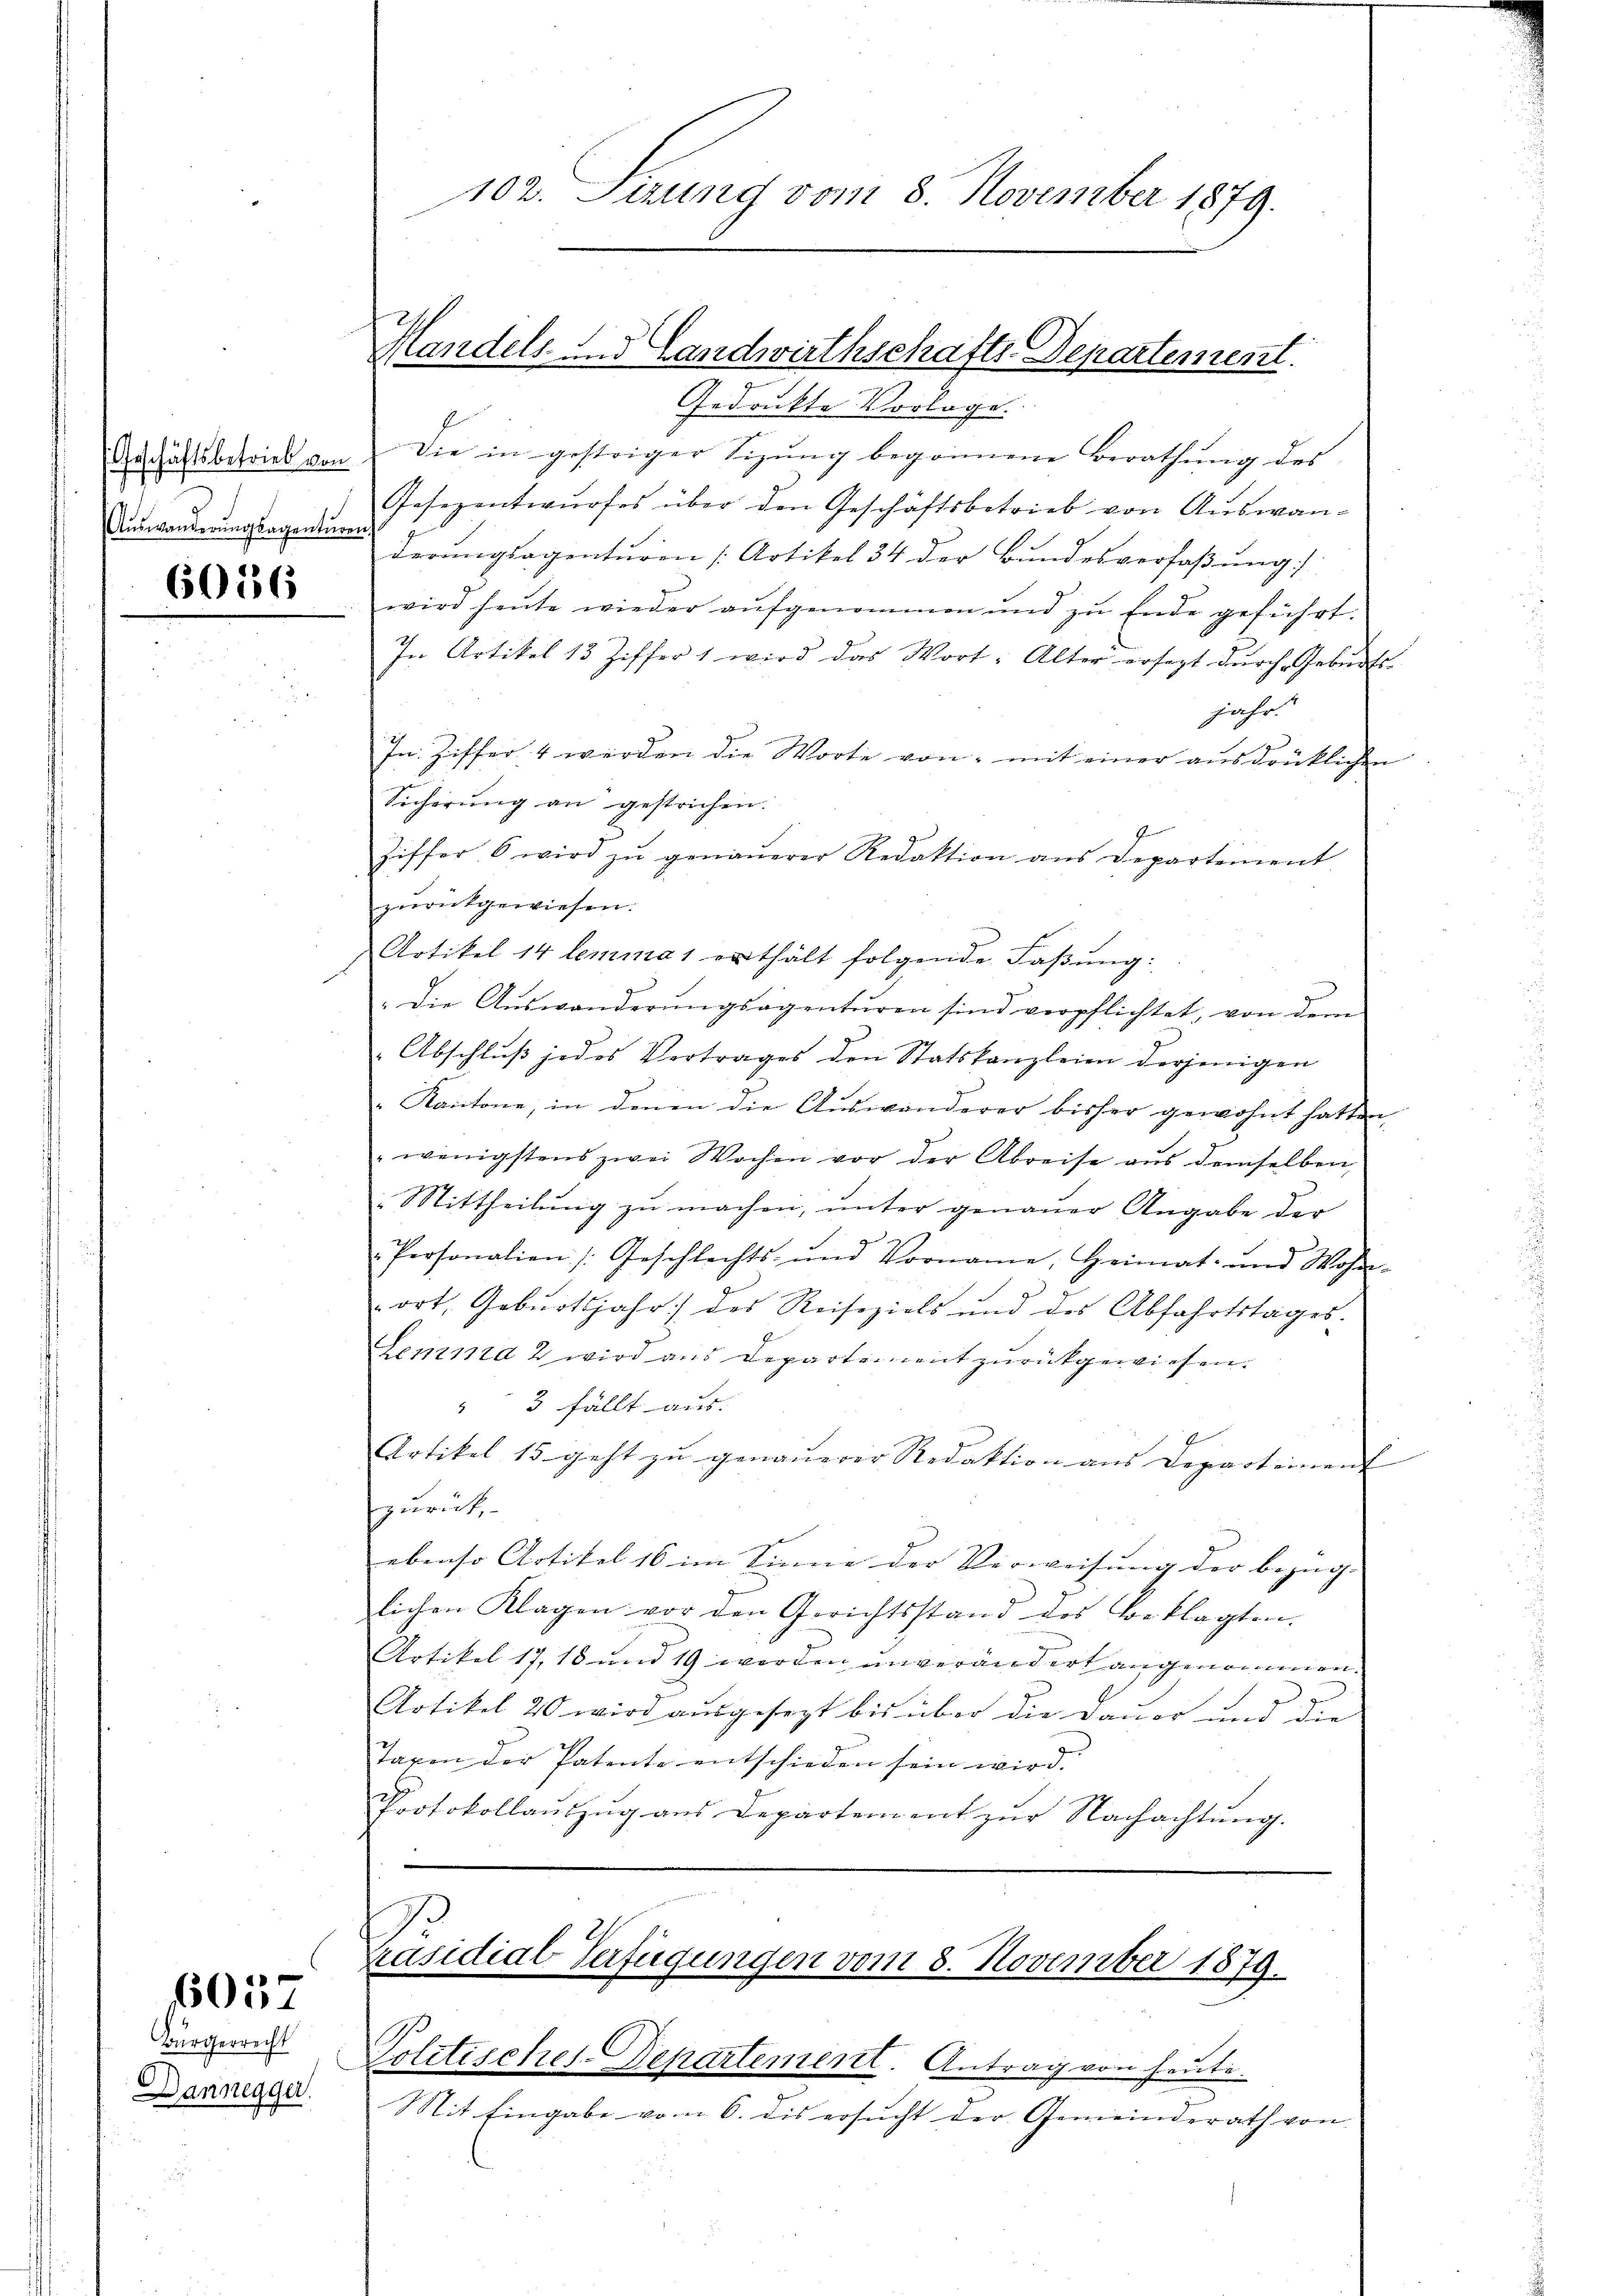
(Geschäftsbetrieb von
Auswanderungsagenturen

6056

6057

Bürgerrecht
Dannegger.

Gedruckte Vorlage.
Die in gestriger Sitzŭng begonnene Berathung des
Gesezentwurfes über den Geschäftsbetrieb von Auswanderangsagenturen [Artikel 34 der Bundesverfaßung
wird heŭte wieder aŭfgenommen und zu Ende geführt.
J. Artikel 13 Ziffer 1 wird das Wort: Alter ersezt durch Geburts-
zehr.
In Ziffer 4 werden die Worte von mit einer ausdrücklichen
Sicherung an gestrichen.
Ziffer, 6 wird zŭ genaŭerer Redaktion aus Departement
zurückgewiesen.
Artikel 14 lemma 1 erthält folgende Faßung:
" die Aŭswanderŭngsagentŭren sind verpflichtet, von dem
" Abschluß jedes Vertrages den Statskanzleien derjenigen
" Kantone, in denen die Aŭswänderer bisher gewohnt hatten,
wenigstens zwei Wochen vor der Abreise aus demselben
Mittheilŭng zŭ machen, ŭnter genaŭer Angabe der
Personalien /: Geschlechts- und Vorname, Heimat- und Wohn-
ort, Geburtsjahr des Reiseziels und des Abfahrtstages.
Lemma 2 wird aus Departement zurückgewiesen.
" 3 fällt aus. |
Artikel 15 geht zu genauerer Redaktion aus Departement |
zurick,
ebenso Artikel 16 im Sinne der Verweisung der bezug. |
lichen Klagen vor den Gerichtsstand des Beklagten.
Artikel 17, 18 und 19 worden unverändert angenommen.
Artikel 20 wird ausgesezt bis über die Dauer und die
Jaren der Patente entschieden sein wird.
Protokollanzŭg aŭs Departement zŭr Nachachtŭng.

102. Sizung vom 8. November 1879.
Handels und Landwirthschafts-Departement.

Präsidial-Verfügungen vom 8. November 1879.
Politisches-Departement. Antrag von heute.

Mit Eingabe von 6. dis ersucht der Gemeinderath von